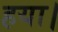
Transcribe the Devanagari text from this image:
हया।